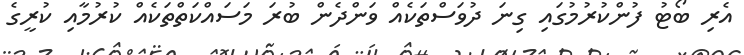
އެރި ބޯޓު ފުންކުރުމުގައި ގިނަ ދުވަސްތަކެއް ވަންދެން ބުރަ މަސައްކަތްތަކެއް ކުރުމާއި ކުރީގެ